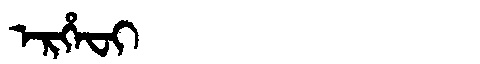
Manchu: ᡝᡵᡥᡝᠸᡳ
Romanization: ERHEFI